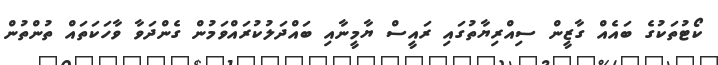
ކޯޓުތަކުގެ ބައެއް ގާޒީން ސިއްރިޔާތުގައި ރައީސް ޔާމީނާއި ބައްދަލުކުރައްވަމުން ގެންދަވާ ވާހަކަތައް ތުންތުން